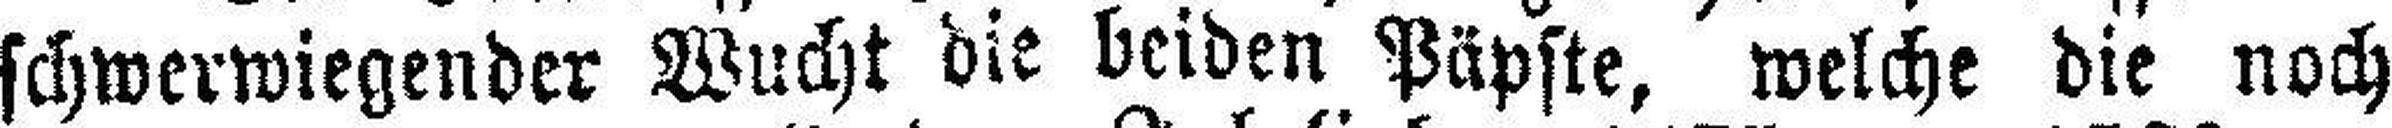
schwerwiegender Wucht die beiden Päpste, welche die noch